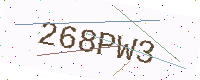
Text: 268PW3